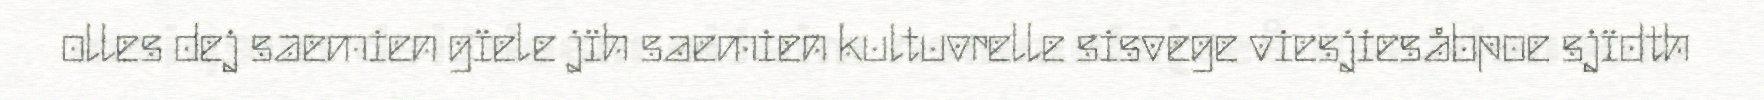
olles dej saemien gïele jïh saemien kultuvrelle sisvege viesjiesåbpoe sjïdth